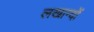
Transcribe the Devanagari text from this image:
लखान्दों